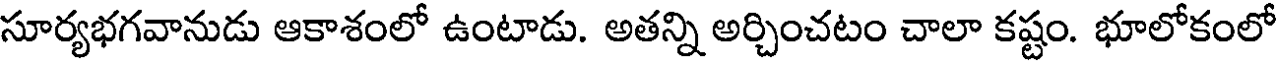
సూర్యభగవానుడు ఆకాశంలో ఉంటాడు. అతన్ని అర్చించటం చాలా కష్టం. భూలోకంలో